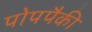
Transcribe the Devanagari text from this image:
पोपपैकी